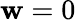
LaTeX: \mathbf{w}=0